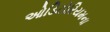
ઓડિટોરિયમના